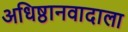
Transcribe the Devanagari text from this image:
अधिष्ठानवादाला